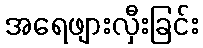
အရေဖျားလှီးခြင်း